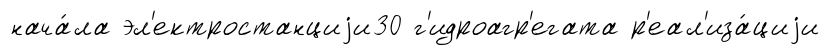
нача́ла эл'ектростанциjи30 г'идроагр'егата р'еал'иза́циjи